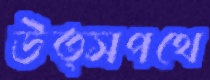
উত্সপথে